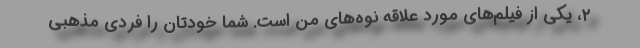
۲، یکی از فیلم‌های مورد علاقه نوه‌های من است. شما خودتان را فردی مذهبی